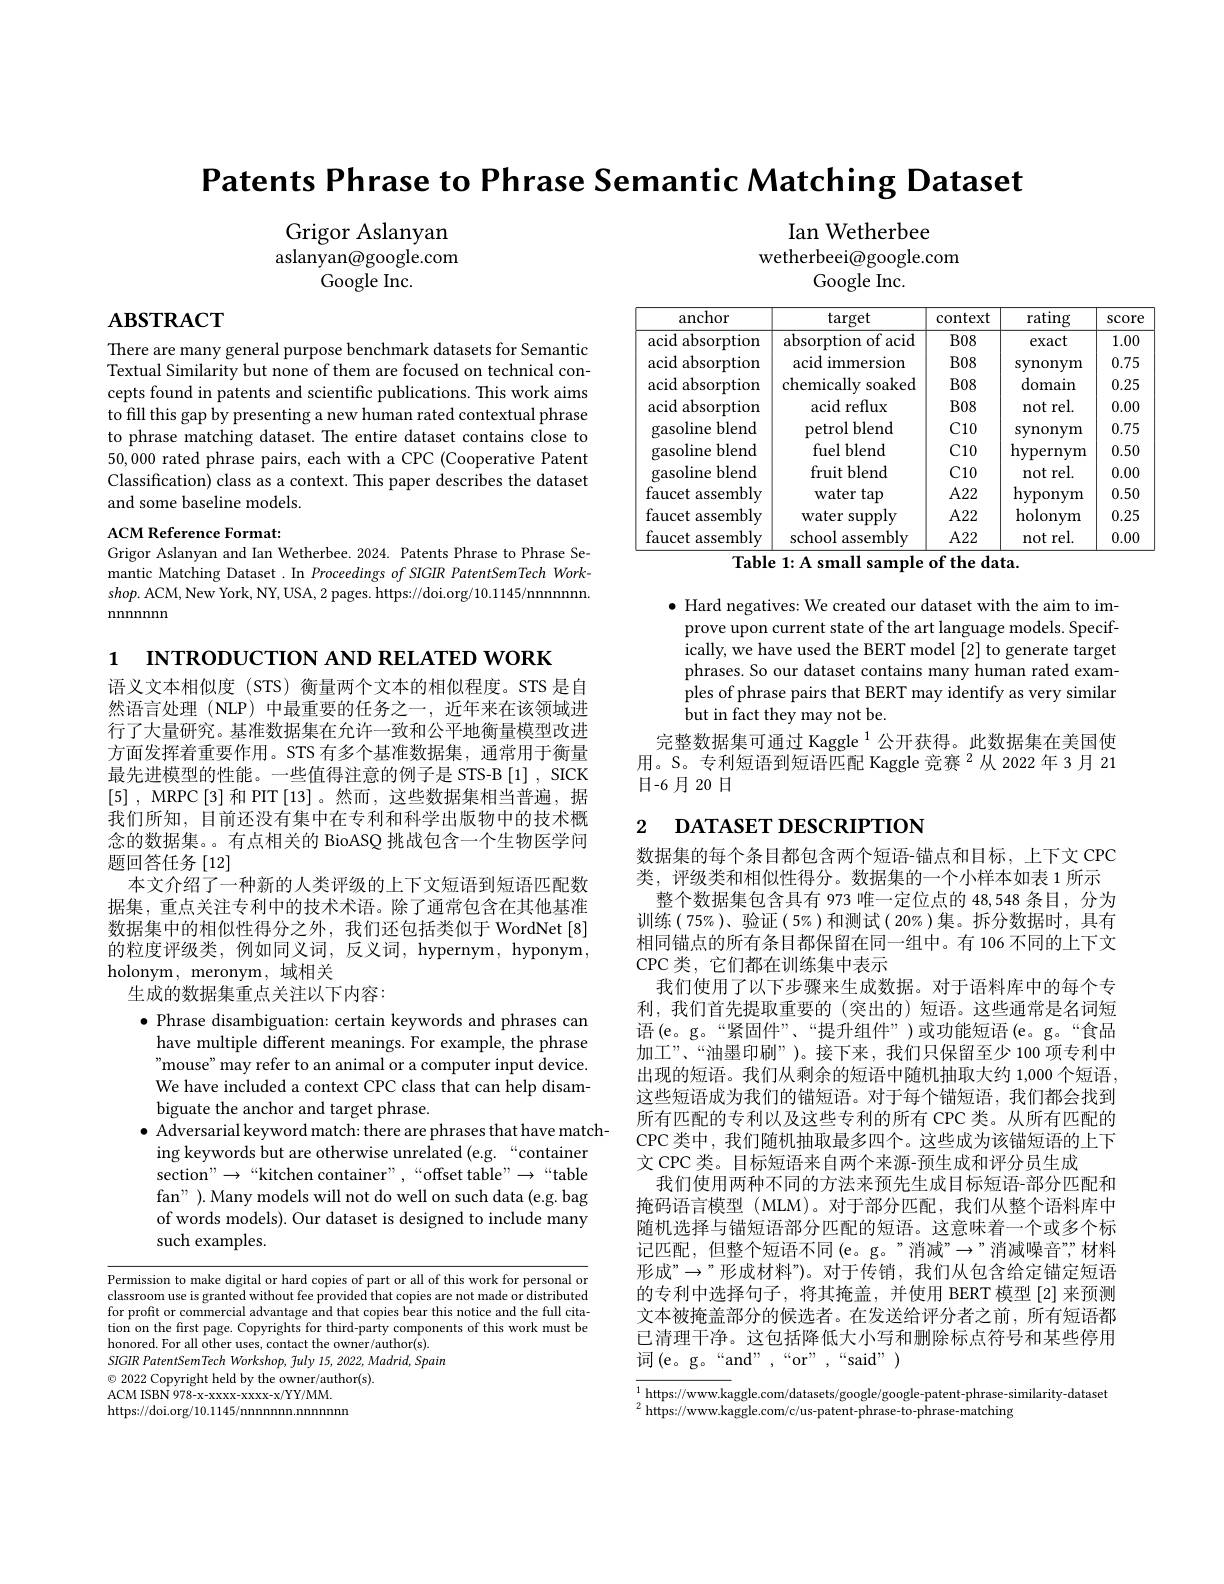
Patents Phrase to Phrase Semantic Matching Dataset

Ian Wetherbee

Grigor Aslanyan aslanyan@google.com
Google Inc.

wetherbeei@google.com

# $\mathbf{ABSTRACT}$

Google Inc.
<table>
	<tbody>
		<tr>
			<th>anchor</th>
			<th>target</th>
			<th>context</th>
			<th>rating</th>
			<th>SCOre</th>
		</tr>
		<tr>
			<td>acid absorption</td>
			<td>absorption of acid</td>
			<td>$B08$</td>
			<td>exact</td>
			<td>1.00</td>
		</tr>
		<tr>
			<td>acid absorption</td>
			<td>acid immersion</td>
			<td>$B08$</td>
			<td>synonym</td>
			<td>0.75</td>
		</tr>
		<tr>
			<td>acid absorption</td>
			<td>chemically soaked</td>
			<td>$B08$</td>
			<td>domain</td>
			<td>0.25</td>
		</tr>
		<tr>
			<td>acid absorption</td>
			<td>acid reflux</td>
			<td>$B08$</td>
			<td>not rel.</td>
			<td>0.00</td>
		</tr>
		<tr>
			<td>gasoline blend</td>
			<td>petrol blend</td>
			<td>$C10$</td>
			<td>synonym</td>
			<td>0.75</td>
		</tr>
		<tr>
			<td>gasoline :blend</td>
			<td>fuel blend</td>
			<td>$C10$</td>
			<td>hypernym</td>
			<td>0.50</td>
		</tr>
		<tr>
			<td>${\mathrm{blend}}$ gasoline</td>
			<td>fruit blend</td>
			<td>$C10$</td>
			<td>not rel.</td>
			<td>0.00</td>
		</tr>
		<tr>
			<td>faucet assembly</td>
			<td>water tap</td>
			<td>$A22$</td>
			<td>hyponym</td>
			<td>0.50</td>
		</tr>
		<tr>
			<td>faucet t assembly</td>
			<td>water supply</td>
			<td>$A22$</td>
			<td>${\mathrm{holonym}}$</td>
			<td>0.25</td>
		</tr>
		<tr>
			<td>faucet assemblv</td>
			<td>school assemblv</td>
			<td>$A22$</td>
			<td>not rel.</td>
			<td>0.00</td>
		</tr>
	</tbody>
</table>
Table 1: A small sample of the data.

There are many general purpose benchmark datasets for Semantic Textual Similarity but none of them are focused on technical concepts found in patents and scientific publications. This work aims to fill this gap by presenting a new human rated contextual phrase to phrase matching dataset. The entire dataset contains close to 50,000 rated phrase pairs, each with a CPC (Cooperative Patent Classification) class as a context. This paper describes the dataset and some baseline models.

ACM Reference Format:
Grigor Aslanyan and Ian Wetherbee. 2024. Patents Phrase to Phrase Semantic Matching Dataset. In Proceedings of SIGIR PatentSemTech Work- $shop.$ ACM, New York, NY, USA, 2 pages. https://doi.org/10.1145/nnnnnn. nnnnnnn

$\bullet$ Hard negatives: We created our dataset with the aim to improve upon current state of the art language models. Specifically, we have used the BERT model [2] to generate target phrases. So our dataset contains many human rated examples of phrase pairs that BERT may identify as very similar but in fact they may not be.
完整数据集可通过 Kaggle $^{1}$公开获得。此数据集在美国使用。S。专利短语到短语匹配 Kaggle 竞赛 $^{2}$从 2022年3月21日-6月20日

## 2 DATASET DESCRIPTION

1 INTRODUCTION AND RELATED WORK
语义文本相似度 (STS) 衡量两个文本的相似程度。STS 是自然语言处理(NLP)中最重要的任务之一，近年来在该领域进行了大量研究。基准数据集在允许一致和公平地衡量模型改进方面发挥着重要作用。STS 有多个基准数据集，通常用于衡量最先进模型的性能。一些值得注意的例子是 STS-B [1] , SICK [5] , MRPC [3] 和 PIT[13]。然而，这些数据集相当普遍，据我们所知，目前还没有集中在专利和科学出版物中的技术概念的数据集。。有点相关的 BioASQ 挑战包含一个生物医学问题回答任务[12]
本文介绍了一种新的人类评级的上下文短语到短语匹配数据集，重点关注专利中的技术术语。除了通常包含在其他基准数据集中的相似性得分之外，我们还包括类似于 WordNet[8] 的粒度评级类，例如同义词，反义词，hypernym,hyponym, holonym, meronym, 域相关
生成的数据集重点关注以下内容：
$\bullet$ Phrase disambiguation: certain keywords and phrases can have multiple different meanings. For example, the phrase "mouse" may refer to an animal or a computer input device. We have included a context CPC class that can help disambiguate the anchor and target phrase.
$\bullet$ Adversarial keyword match: there are phrases that have match-
ing keywords but are otherwise unrelated (e.g.“container section" $\to$“ kitchen container” , “ offset table" $\to$“ table fan" ). Many models will not do well on such data (e.g. bag of words models). Our dataset is designed to include many such examples.

数据集的每个条目都包含两个短语-锚点和目标，上下文 CPC 类，评级类和相似性得分。数据集的一个小样本如表 1 所示
整个数据集包含具有 973 唯一定位点的 48,548 条目，分为训练(75%)、验证(5%)和测试(20%)集。拆分数据时，具有相同锚点的所有条目都保留在同一组中。有 106 不同的上下文CPC 类，它们都在训练集中表示
我们使用了以下步骤来生成数据。对于语料库中的每个专利，我们首先提取重要的(突出的)短语。这些通常是名词短语(e。g。“紧固件”、“提升组件”)或功能短语(e。g。“食品加工”、“油墨印刷”)。接下来，我们只保留至少 100 项专利中出现的短语。我们从剩余的短语中随机抽取大约 1,000 个短语， 这些短语成为我们的锚短语。对于每个错短语，我们都会找到所有匹配的专利以及这些专利的所有 CPC 类。从所有匹配的CPC 类中，我们随机抽取最多四个。这些成为该锚短语的上下文 CPC 类。目标短语来自两个来源-预生成和评分员生成
我们使用两种不同的方法来预先生成目标短语-部分匹配和掩码语言模型(MLM)。对于部分匹配，我们从整个语料库中随机选择与锚短语部分匹配的短语。这意味着一个或多个标记匹配，但整个短语不同(e。g。”消减”→”消减噪音”,材料形成”$\to$”形成材料”)。对于传销，我们从包含给定锚定短语的专利中选择句子，将其掩盖，并使用 BERT 模型 [2] 来预测文本被掩盖部分的候选者。在发送给评分者之前，所有短语都已清理干净。这包括降低大小写和删除标点符号和某些停用${\text{词(e。g。“and”,“or”,“said””)}}$

<table>
	<tbody>
		<tr>
			<td>$Pe$ cla</td>
			<td>sion to make digital or hard c coples part or all or t this work for personal o om use is granted without fee provided that copies are not made or distribute</td>
		</tr>
		<tr>
			<td>$SIC$ 1</td>
			<td>rtentNp Workshc 75 $2022.Madrid.Spair$</td>
		</tr>
		<tr>
			<td>$\textcircled{C}$</td>
			<td>$author(s)$</td>
		</tr>
		<tr>
			<td>Ar 40  1</td>
			<td>SRN QT $/\mathbf{YY}/\mathbf{MM}.$</td>
		</tr>
		<tr>
			<td>htt 1 1 1</td>
			<td>ni mnnnn</td>
		</tr>
	</tbody>
</table>

$\overline {1\text{https: }/ / \text{www. ka}}$ggle. com/ datasets/ google/ google- patent- phrase- similarity- dataset 2 luttps: //www. kaggle. com/ datasets/ google/ google- patent- phrase- similarity- dataset
$^2$https://www.kaggle.com/c/us-patent-phrase-to-phrase-matching